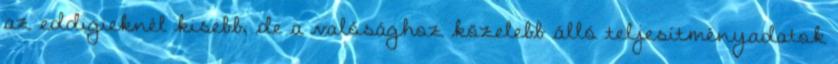
az eddigieknél kisebb, de a valósághoz közelebb álló teljesítményadatok